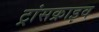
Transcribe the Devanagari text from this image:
ट्रांसक्राइव